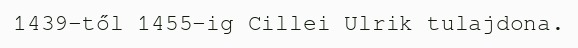
1439-től 1455-ig Cillei Ulrik tulajdona.